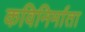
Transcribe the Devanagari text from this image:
कविनिर्माता